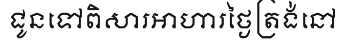
ជូនទៅពិសារអាហារថ្ងៃត្រង់នៅ